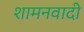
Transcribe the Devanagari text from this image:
शामनवादी